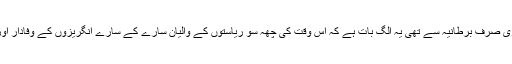
ان کی وفاداری صرف برطانیہ سے تھی یہ الگ بات ہے کہ اس وقت کی چھہ سو ریاستوں کے والیان سارے کے سارے انگریزوں کے وفادار اور غلام تھے۔